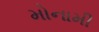
મોનામી